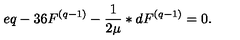
e q - 3 6 F ^ { ( q - 1 ) } - \frac { 1 } { 2 \mu } \ast d F ^ { ( q - 1 ) } = 0 .